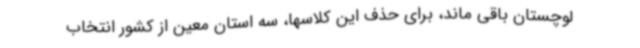
لوچستان باقی ماند، برای حذف این کلاسها، سه استان معین از کشور انتخاب